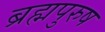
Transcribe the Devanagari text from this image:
ब्रह्मपुरुष